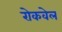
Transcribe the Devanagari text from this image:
रोकवेल